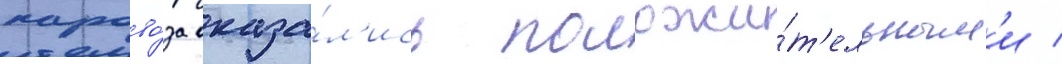
парово́за оказа́л'ись положи́т'ельным'и /